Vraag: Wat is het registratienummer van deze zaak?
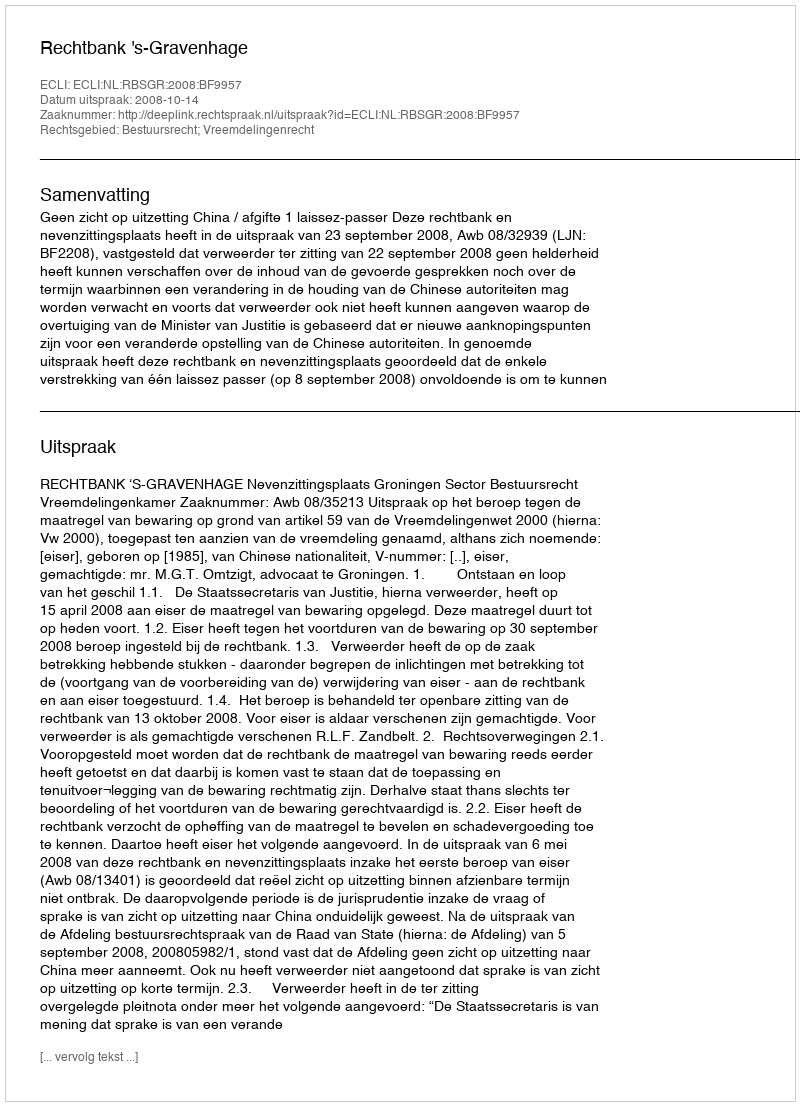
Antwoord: http://deeplink.rechtspraak.nl/uitspraak?id=ECLI:NL:RBSGR:2008:BF9957